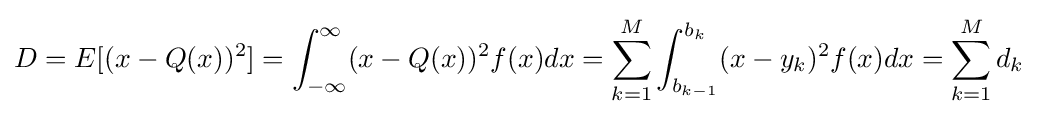
D=E[(x-Q(x))^{2}]=\int _{-\infty }^{\infty }(x-Q(x))^{2}f(x)dx=\sum _{k=1}^{M}\int _{b_{k-1}}^{b_{k}}(x-y_{k})^{2}f(x)dx=\sum _{k=1}^{M}d_{k}